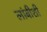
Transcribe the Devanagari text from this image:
लांबीशी